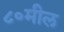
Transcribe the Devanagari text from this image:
८०मील